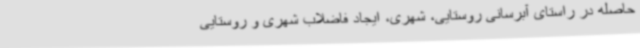
حاصله در راستای آبرسانی روستایی، شهری، ایجاد فاضلاب شهری و روستایی